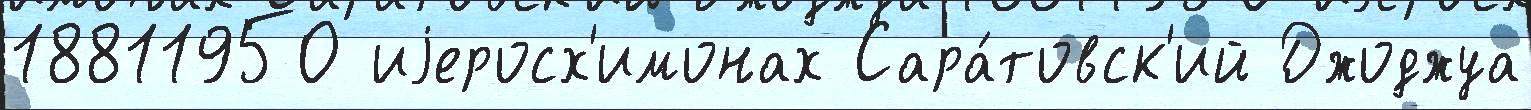
18811950 иjеросх'имонах Сара́товск'ий Джоджуа